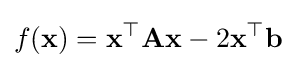
f(\mathbf {x} )=\mathbf {x} ^{\top }\mathbf {A} \mathbf {x} -2\mathbf {x} ^{\top }\mathbf {b}